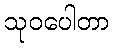
သုဝပေါတာ